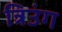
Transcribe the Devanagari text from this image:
त्रिउंग